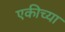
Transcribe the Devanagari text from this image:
एकीच्या